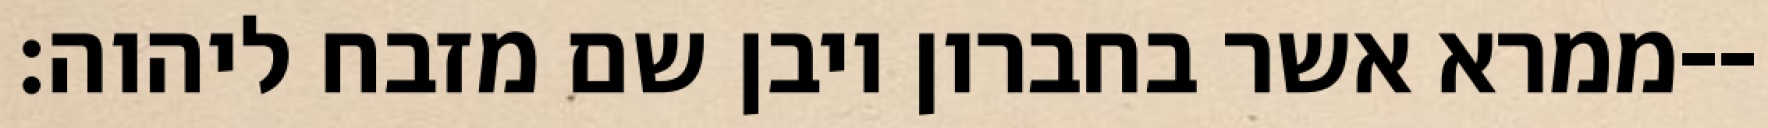
ממרא אשר בחברון ויבן שם מזבח ליהוה׃--